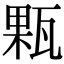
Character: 㼫